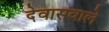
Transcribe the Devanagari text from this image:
देवासवाले